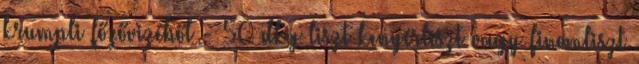
krumpli főzővizéből - 50 dkg liszt kenyérliszt vagy finomliszt